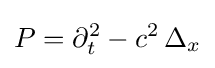
P=\partial _{t}^{2}-c^{2}\,\Delta _{x}